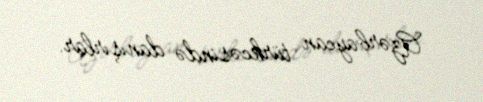
Azərbaycan türkcəsində danışırlar.